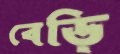
বেড়ি